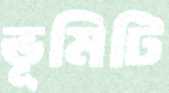
ভূমিটি